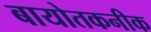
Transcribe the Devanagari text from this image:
बायोतकनीक